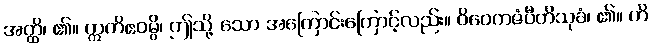
အတ္ထိ၊ ၏။ ဣတိဧဝမ္ပိ၊ ဤသို့ သော အကြောင်းကြောင့်လည်း။ ဝိဝေကဇံပီတိသုခံ၊ ၏။ ဟိ